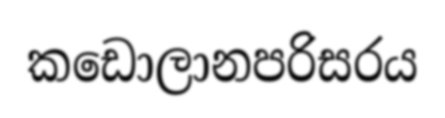
කඩොලානපරිසරය